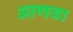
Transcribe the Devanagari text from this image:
आणवा